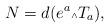
LaTeX: \begin{align*}N= d(e^a \mbox{\tiny $\wedge$}T_a),\end{align*}